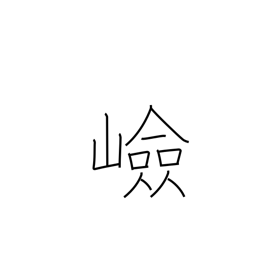
Meaning: steep place